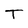
Character: T